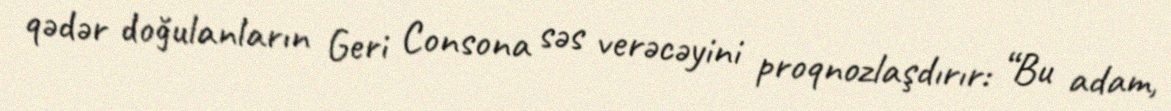
qədər doğulanların Geri Consona səs verəcəyini proqnozlaşdırır: “Bu adam,